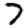
Digit: 7